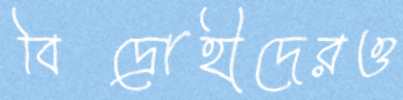
বিদ্রোহীদেরও